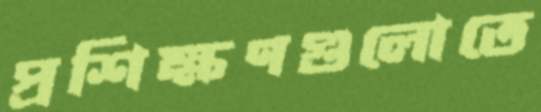
প্রশিক্ষণগুলোতে